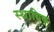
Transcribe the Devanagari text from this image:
स्थायिक्